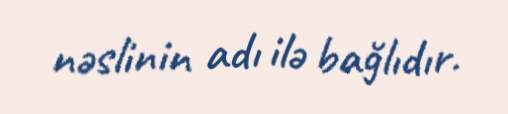
nəslinin adı ilə bağlıdır.